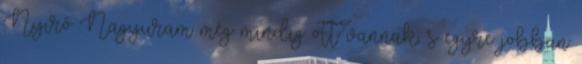
Nyirő Nagyuram még mindig ott vannak, s egyre jobban